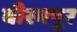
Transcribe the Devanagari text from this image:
बीरमपुर